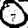
Digit: 0